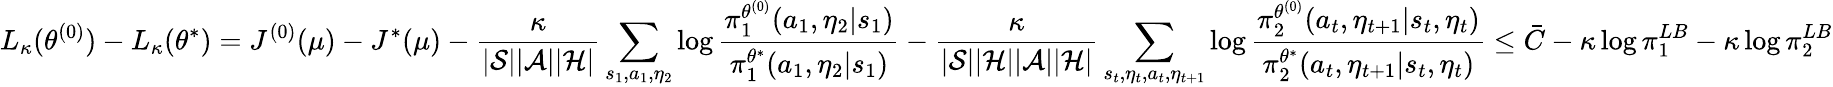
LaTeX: L_{\kappa}(\theta^{(0)})-L_{\kappa}(\theta^{*})=J^{(0)}(\mu)-J^{*}(\mu)-\frac{\kappa}{|\mathcal{S}||\mathcal{A}||\mathcal{H}|}\sum_{s_{1},a_{1},\eta_{2}}\log\frac{\pi_{1}^{\theta^{(0)}}(a_{1},\eta_{2}|s_{1})}{\pi_{1}^{\theta^{*}}(a_{1},\eta_{2}|s_{1})}-\frac{\kappa}{|\mathcal{S}||\mathcal{H}||\mathcal{A}||\mathcal{H}|}\sum_{s_{t},\eta_{t},a_{t},\eta_{t+1}}\log\frac{\pi_{2}^{\theta^{(0)}}(a_{t},\eta_{t+1}|s_{t},\eta_{t})}{\pi_{2}^{\theta^{*}}(a_{t},\eta_{t+1}|s_{t},\eta_{t})}\le\bar{C}-\kappa\log\pi_{1}^{LB}-\kappa\log\pi_{2}^{LB}